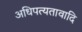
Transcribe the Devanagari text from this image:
अधिपत्यतावादि